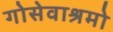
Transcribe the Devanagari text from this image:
गोसेवाश्रमो